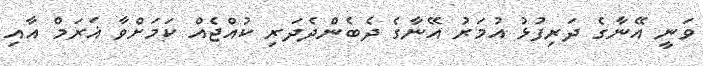
ވަނީ އޭނާގެ ދަރިފުޅު އުމަރު އޭނާގެ ދެބެންދެދަރި ކުއްޖެއް ކަމަށްވާ ޣަރަމް އާއި